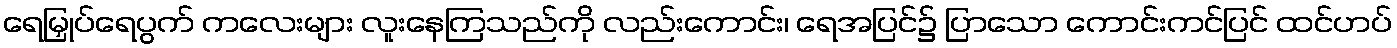
ရေမြှုပ်ရေပွက် ကလေးများ လူးနေကြသည်ကို လည်းကောင်း၊ ရေအပြင်၌ ပြာသော ကောင်းကင်ပြင် ထင်ဟပ်